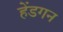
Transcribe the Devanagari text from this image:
हेंडगन